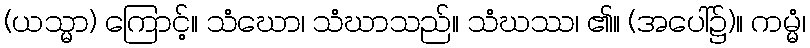
(ယသ္မာ) ကြောင့်။ သံဃော၊ သံဃာသည်။ သံဃဿ၊ ၏။ (အပေါ်၌)။ ကမ္မံ၊